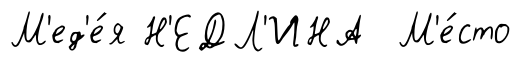
М'ед'е́я Н'ЕДЛ'ИНА М'е́сто